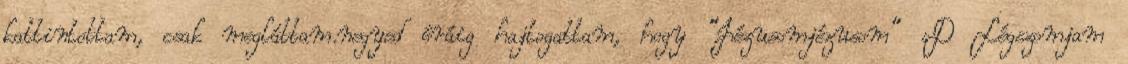
kattintottam, csak megláttam.negyed óráig hajtogattam, hogy "Jézusomjézusom" :D Légszomjam